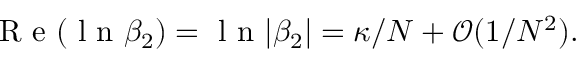
\mathrm { ~ R ~ e ~ } ( \mathrm { ~ l ~ n ~ } \beta _ { 2 } ) = \mathrm { ~ l ~ n ~ } | \beta _ { 2 } | = \kappa / N + \mathcal { O } ( 1 / N ^ { 2 } ) .